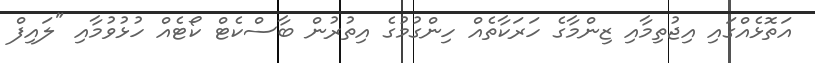
އަތޮޅެއްގައި އިޖުތިމާއި ޒިންމާގެ ހަރަކާތެއް ހިންގުމުގެ އިތުރުން ބާސްކެޓް ކޯޓެއް ހުޅުވުމާއި "ލައިފް